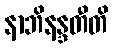
နာဘိနန္ဒတီတိ